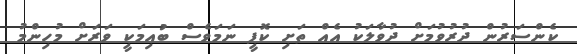
ކެންސަރުން ދުރުވުމަށް ދުވާލަކު އެއް ތަށި ކޮފީ ނަމަވެސް ބުއިމަކީ ވަރަށް މުހިންމު